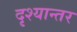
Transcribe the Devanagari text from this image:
दृश्यान्तर